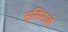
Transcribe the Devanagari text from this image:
भूमिमध्ये